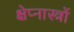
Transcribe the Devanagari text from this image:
क्षेप्नास्त्रों